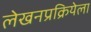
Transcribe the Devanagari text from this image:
लेखनप्रक्रियेला